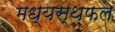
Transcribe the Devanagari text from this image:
मध्यस्थफल